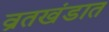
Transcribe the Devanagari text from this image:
व्रतखंडात